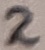
Text: 2